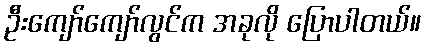
ဦးကျော်ကျော်လွင်က အခုလို ပြောပါတယ်။